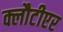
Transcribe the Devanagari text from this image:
क्लौटीएर